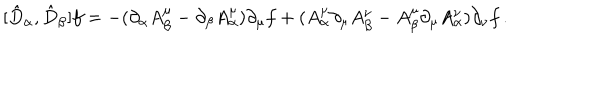
[ \hat { D } _ { \alpha } , \hat { D } _ { \beta } ] f = - ( \partial _ { \alpha } A _ { \beta } ^ { \mu } - \partial _ { \beta } A _ { \alpha } ^ { \mu } ) \partial _ { \mu } f + ( A _ { \alpha } ^ { \mu } \partial _ { \mu } A _ { \beta } ^ { \nu } - A _ { \beta } ^ { \mu } \partial _ { \mu } A _ { \alpha } ^ { \nu } ) \partial _ { \nu } f \, .